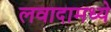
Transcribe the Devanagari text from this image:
लवादामध्ये